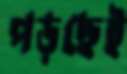
পড়ছেই